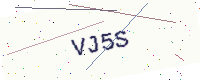
Text: VJ5S